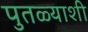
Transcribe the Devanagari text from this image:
पुतळ्याशी